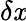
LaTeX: \delta\mathit{x}